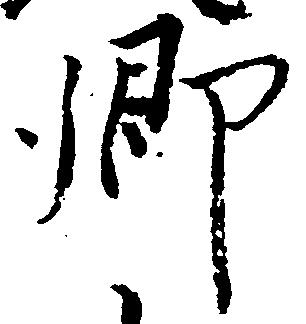
郷